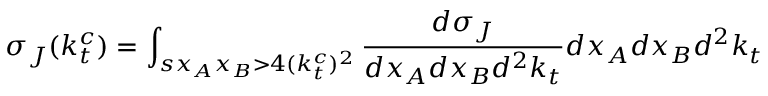
\sigma _ { J } ( k _ { t } ^ { c } ) = \int _ { s x _ { A } x _ { B } > 4 ( k _ { t } ^ { c } ) ^ { 2 } } { \frac { d \sigma _ { J } } { d x _ { A } d x _ { B } d ^ { 2 } k _ { t } } } d x _ { A } d x _ { B } d ^ { 2 } k _ { t }